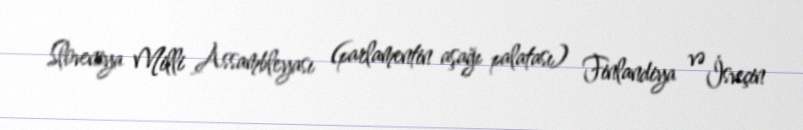
Sloveniya Milli Assambleyası (parlamentin aşağı palatası) Finlandiya və İsveçin